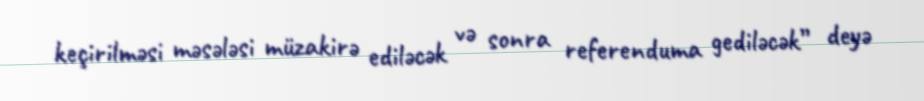
keçirilməsi məsələsi müzakirə ediləcək və sonra referenduma gediləcək” deyə